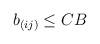
LaTeX: \begin{align*}b_{(ij)} \le CB \end{align*}